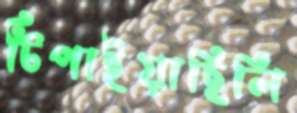
টিপাইয়াছিলি